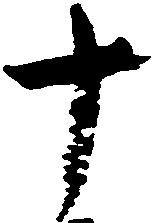
十